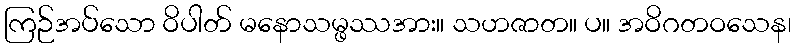
ကြဉ်အပ်သော ဝိပါတ် မနောသမ္ဖဿအား။ သဟဇာတ။ ပ။ အဝိဂတဝသေန၊